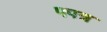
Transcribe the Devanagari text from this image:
पपत्र